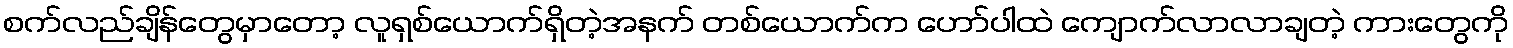
စက်လည်ချိန်တွေမှာတော့ လူရှစ်ယောက်ရှိတဲ့အနက် တစ်ယောက်က ဟော်ပါထဲ ကျောက်လာလာချတဲ့ ကားတွေကို